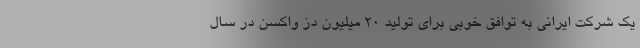
یک شرکت ایرانی به توافق خوبی برای تولید ۲۰ میلیون دُز واکسن در سال